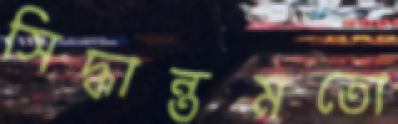
সিদ্ধান্তমতো